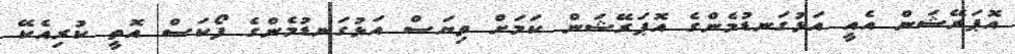
އޮޕަރޭޝަން އެއީ އަޅުގަނޑުމެންގެ އޮޕަރޭޝަން ކަމަށް ވިޔަސް އަޅުގަނޑުމެންގެ ފޯކަސް އޮތީ ކުރިއެކޭ